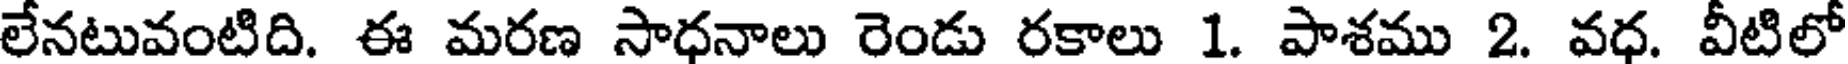
లేనటువంటిది. ఈ మరణ సాధనాలు రెండు రకాలు 1. పాశము 2. వధ. వీటిలో